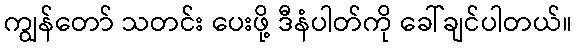
ကျွန်တော် သတင်း ပေးဖို့ ဒီနံပါတ်ကို ခေါ်ချင်ပါတယ်။